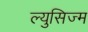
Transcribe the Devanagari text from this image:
ल्युसिज्म